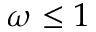
\omega \leq 1